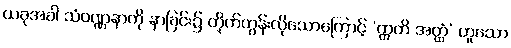
ယခုအခါ သံဝဏ္ဏနာကို နာခြင်း၌ တိုက်တွန်းလိုသောကြောင့် ‘ဣတိ အတ္ထံ’ ဟူသော